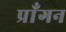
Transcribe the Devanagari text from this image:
प्राँगन